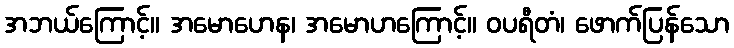
အဘယ်ကြောင့်။ အမောဟေန၊ အမောဟကြောင့်။ ဝပရီတံ၊ ဖောက်ပြန်သော